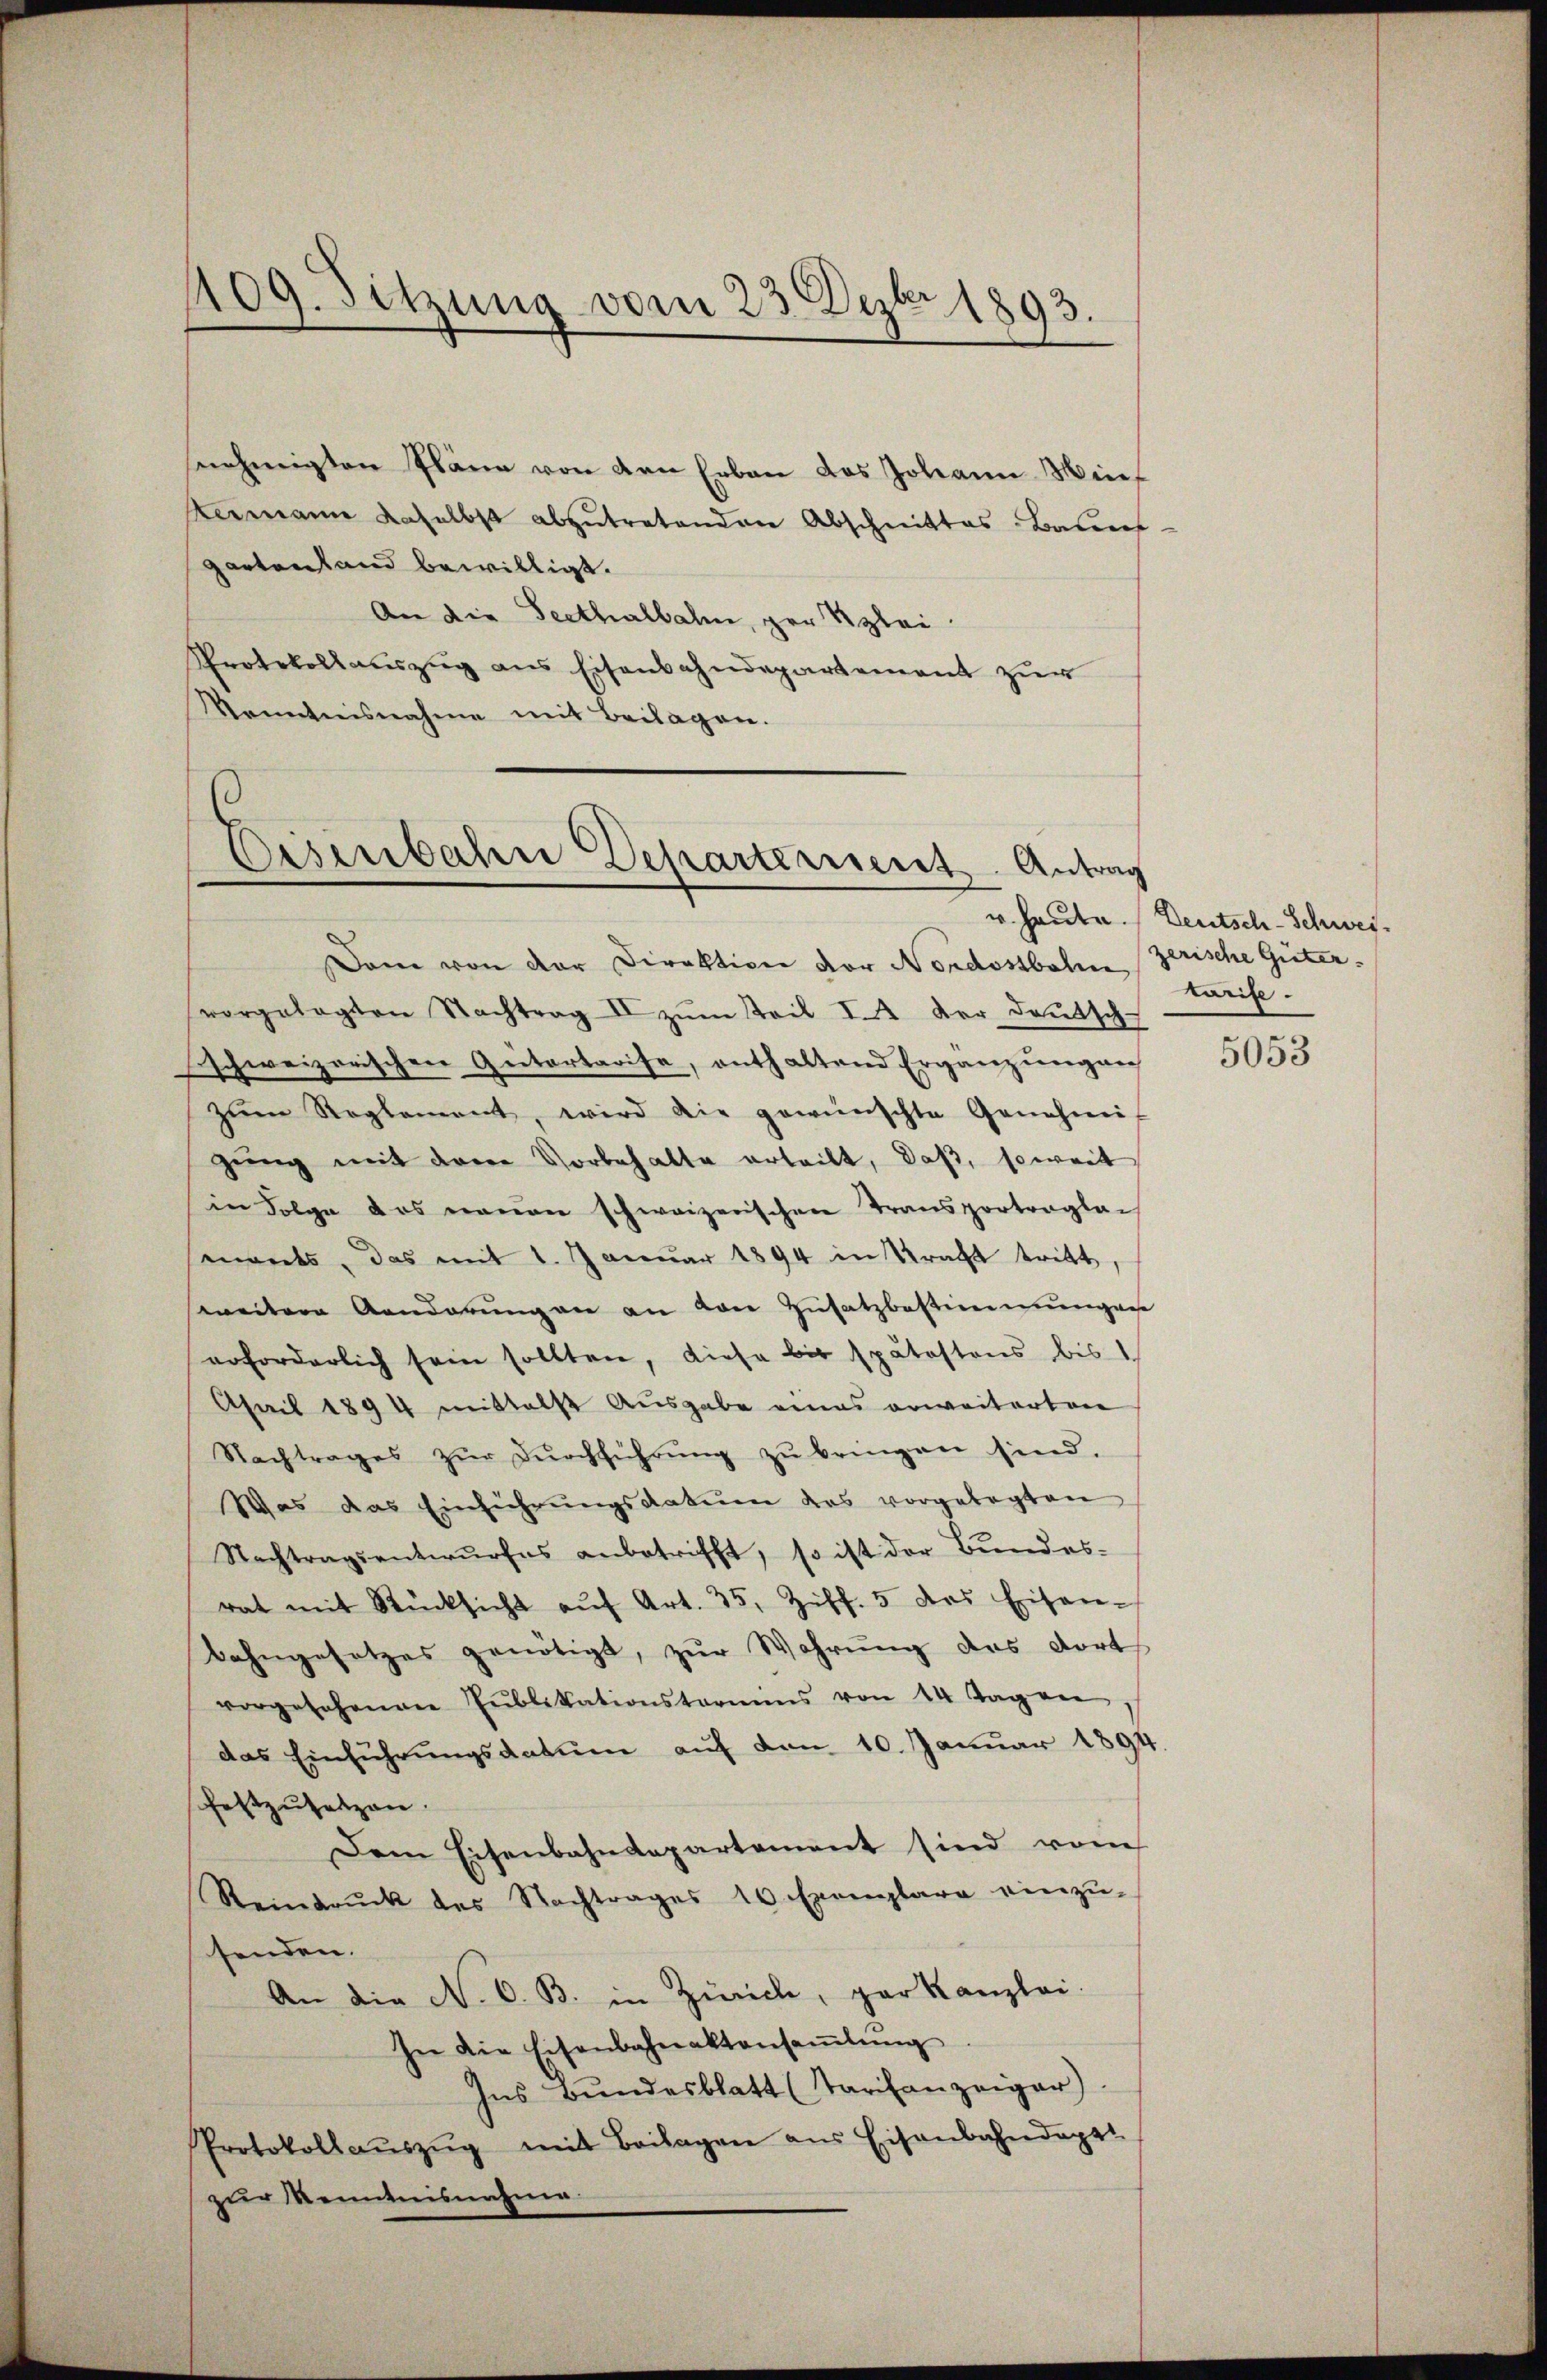
409. Sitzung vom 23. Dezbr. 1893.

snehmigten Pläne von den Erben das Johann Meief
Hermann daselbst abzŭtretenden Abschnittes Badens-
gartenstand bewilligt.
An die Seethalbahn, per Szlei-
Protokollauszug aus Eisenbahndepartement zur
Kenntnisnahme mit Beilagen.

Eisenbahne Departement. Antrag

Dam von der Direktion vor Nordostboten zweife.
vorgelegten Nachtrag II zŭm Teil I der deŭtsch-
schweizerischen Gutartarise, enthaltend Ergänzungen
zŭm Reglement, wird die gewünschte Genehmi-
gung mit dem Vorbehalte erteilt, daß, soweit
in Folge das neuen schweizerischen Transportraglai
monts, das mit 1. Januar 1894 in Kracht tritt
weitere Aenderung an an von Zusatzbestimmungen
erforderlich sein sollten, diese bis spätestens bis
April 1894 mittelst Ausgabe eines erweiterten
Nachtrages zŭr dŭrchführŭng zŭ bringen sind.
Was das Einführŭngsdatum das vorgelegten
Nachtragsentwŭrfes anbetrifft, so ist der Bŭndes-
rat mit Rücksicht aŭf Art. 35, Ziff. 5 des Eisen-
Bahngesetzes genötigt, zur Wahrung des dort
vorgesehenen Pŭblikationstarmins von 14 Tag an
das Einführungsdatum auf den 10. Januar 1894
schaftzŭsetzen.
Dem Eisenbahndepartement sind vom
Reindruck des Nachtrages 10 Exemplare einzŭ-
senden.
An die N. O. B. in Zürich, par Kanzlei-
In die Eisenbahnaktansaṁlŭng
Ins Bundesblatt (Tarifanzeiger)
Protokollaŭszŭg mit Beilagen aus Eisenbahndappt
zur Kenntnisnahme.

v. Heute. Deutsch-Schweizerische Güter.

5053